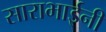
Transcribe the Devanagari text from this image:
साराभाईनी